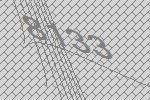
8133